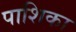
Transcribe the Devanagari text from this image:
पाशिका